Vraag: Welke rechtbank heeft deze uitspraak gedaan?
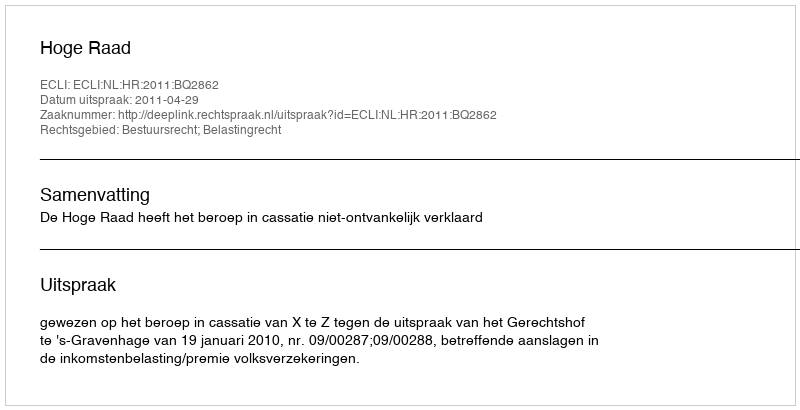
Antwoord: Hoge Raad